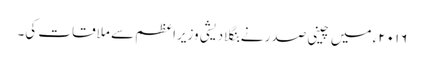
۲۰۱۶ء میں چینی صدر نے بنگلادیشی وزیراعظم سے ملاقات کی۔